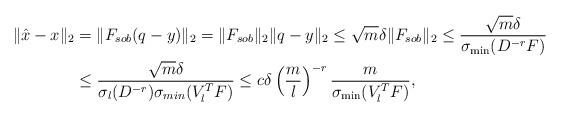
LaTeX: \begin{align*}\|\hat{x}-x\|_2 &= \| F_{sob} (q- y)\|_2 = \|F_{sob}\|_2 \|q-y\|_2 \leq \sqrt m \delta \|F_{sob}\|_2 \leq \frac{\sqrt m \delta}{\sigma_{\min}(D^{-r}F)} \\ & \leq \frac{\sqrt m \delta}{\sigma_l(D^{-r})\sigma_{min}(V_l^T F)} \leq c \delta \left(\frac{m}{l}\right)^{-r}\frac{m}{ \sigma_{\min}(V_l^TF)}, \end{align*}